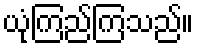
ယုံကြည်ကြသည်။